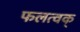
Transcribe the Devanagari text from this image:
फलत्वक्